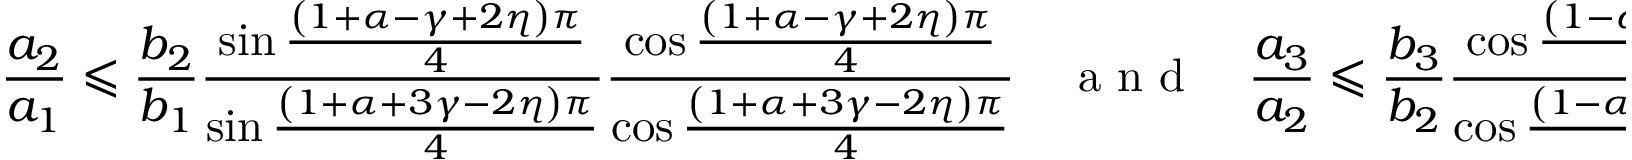
\frac { a _ { 2 } } { a _ { 1 } } \leqslant \frac { b _ { 2 } } { b _ { 1 } } \frac { \sin \frac { \left( 1 + \alpha - \gamma + 2 \eta \right) \pi } { 4 } } { \sin \frac { \left( 1 + \alpha + 3 \gamma - 2 \eta \right) \pi } { 4 } } \frac { \cos \frac { \left( 1 + \alpha - \gamma + 2 \eta \right) \pi } { 4 } } { \cos \frac { \left( 1 + \alpha + 3 \gamma - 2 \eta \right) \pi } { 4 } } \quad \mathrm { ~ a ~ n ~ d ~ } \quad \frac { a _ { 3 } } { a _ { 2 } } \leqslant \frac { b _ { 3 } } { b _ { 2 } } \frac { \cos \frac { \left( 1 - \alpha + \gamma - 2 \eta \right) \pi } { 4 } } { \cos \frac { \left( 1 - \alpha - 3 \gamma + 2 \eta \right) \pi } { 4 } } \frac { \sin \frac { \left( 1 - \alpha + \gamma - 2 \eta \right) \pi } { 4 } } { \sin \frac { \left( 1 - \alpha - 3 \gamma + 2 \eta \right) \pi } { 4 } } ,